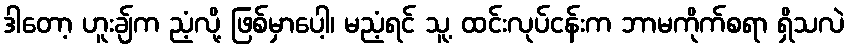
ဒါတော့ ဟူးချ်က ညံ့လို့ ဖြစ်မှာပေါ့၊ မညံ့ရင် သူ့ ထင်းလုပ်ငန်းက ဘာမကိုက်စရာ ရှိသလဲ